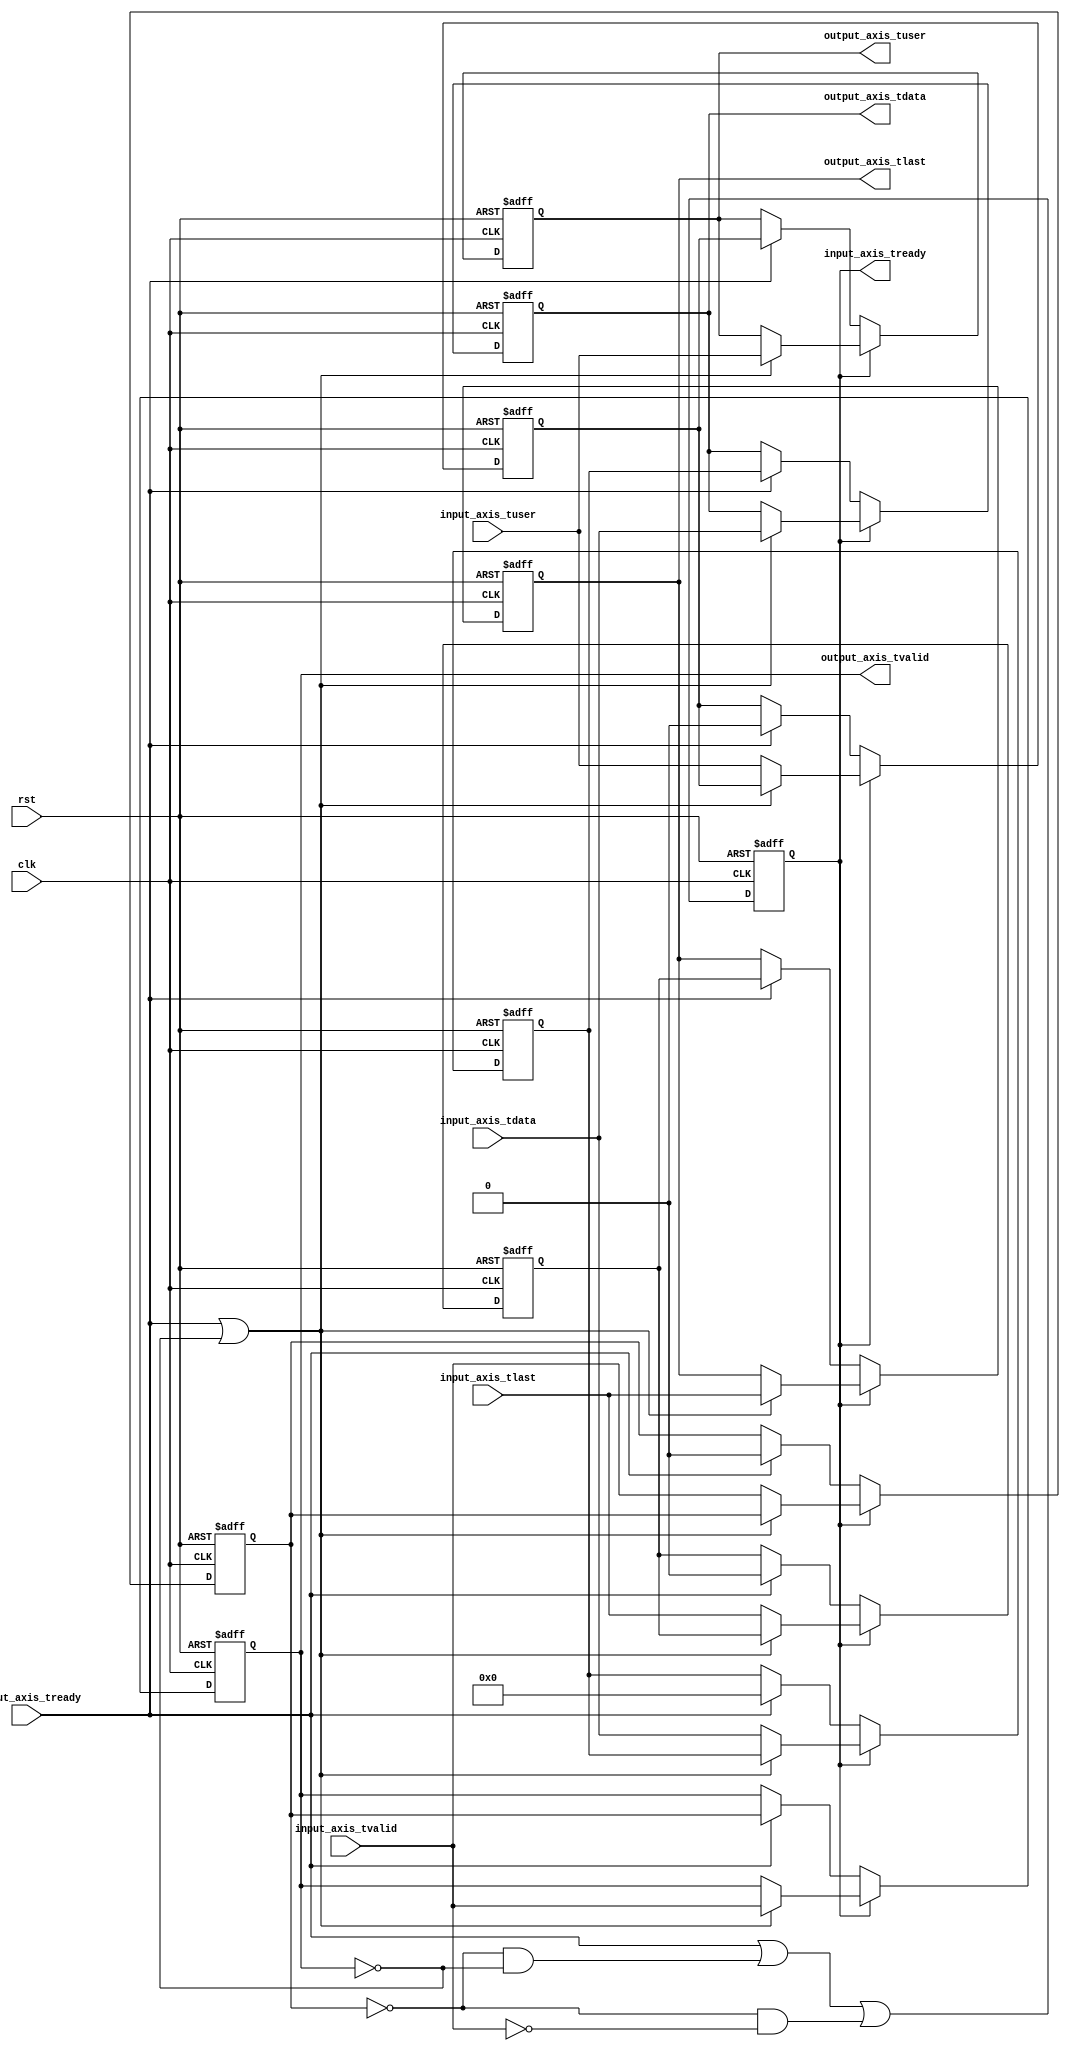
module axis_register_1 #
(
    parameter DATA_WIDTH = 8
)
(
    input  wire                   clk,
    input  wire                   rst,
    input  wire [DATA_WIDTH-1:0]  input_axis_tdata,
    input  wire                   input_axis_tvalid,
    output wire                   input_axis_tready,
    input  wire                   input_axis_tlast,
    input  wire                   input_axis_tuser,
    output wire [DATA_WIDTH-1:0]  output_axis_tdata,
    output wire                   output_axis_tvalid,
    input  wire                   output_axis_tready,
    output wire                   output_axis_tlast,
    output wire                   output_axis_tuser
);
reg                  input_axis_tready_reg = 0;
reg [DATA_WIDTH-1:0] output_axis_tdata_reg = 0;
reg                  output_axis_tvalid_reg = 0;
reg                  output_axis_tlast_reg = 0;
reg                  output_axis_tuser_reg = 0;
reg [DATA_WIDTH-1:0] temp_axis_tdata_reg = 0;
reg                  temp_axis_tvalid_reg = 0;
reg                  temp_axis_tlast_reg = 0;
reg                  temp_axis_tuser_reg = 0;
assign input_axis_tready = input_axis_tready_reg;
assign output_axis_tdata = output_axis_tdata_reg;
assign output_axis_tvalid = output_axis_tvalid_reg;
assign output_axis_tlast = output_axis_tlast_reg;
assign output_axis_tuser = output_axis_tuser_reg;
always @(posedge clk or posedge rst) begin
    if (rst) begin
        input_axis_tready_reg <= 0;
        output_axis_tdata_reg <= 0;
        output_axis_tvalid_reg <= 0;
        output_axis_tlast_reg <= 0;
        output_axis_tuser_reg <= 0;
        temp_axis_tdata_reg <= 0;
        temp_axis_tvalid_reg <= 0;
        temp_axis_tlast_reg <= 0;
        temp_axis_tuser_reg <= 0;
    end else begin
        input_axis_tready_reg <= output_axis_tready | (~temp_axis_tvalid_reg & ~output_axis_tvalid_reg) | (~temp_axis_tvalid_reg & ~input_axis_tvalid);
        if (input_axis_tready_reg) begin
            if (output_axis_tready | ~output_axis_tvalid_reg) begin
                output_axis_tdata_reg <= input_axis_tdata;
                output_axis_tvalid_reg <= input_axis_tvalid;
                output_axis_tlast_reg <= input_axis_tlast;
                output_axis_tuser_reg <= input_axis_tuser;
            end else begin
                temp_axis_tdata_reg <= input_axis_tdata;
                temp_axis_tvalid_reg <= input_axis_tvalid;
                temp_axis_tlast_reg <= input_axis_tlast;
                temp_axis_tuser_reg <= input_axis_tuser;
            end
        end else if (output_axis_tready) begin
            output_axis_tdata_reg <= temp_axis_tdata_reg;
            output_axis_tvalid_reg <= temp_axis_tvalid_reg;
            output_axis_tlast_reg <= temp_axis_tlast_reg;
            output_axis_tuser_reg <= temp_axis_tuser_reg;
            temp_axis_tdata_reg <= 0;
            temp_axis_tvalid_reg <= 0;
            temp_axis_tlast_reg <= 0;
            temp_axis_tuser_reg <= 0;
        end
    end
end
endmodule